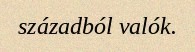
századból valók.